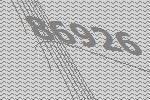
86926